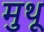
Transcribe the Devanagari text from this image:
मुथू